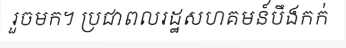
រួចមក។ ប្រជាពលរដ្ឋសហគមន៍បឹងកក់